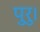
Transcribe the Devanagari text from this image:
पुरु।